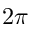
2 \pi